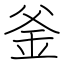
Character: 釜